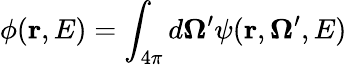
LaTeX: \phi(\mathbf{r},E)=\int_{4\pi}d\mathbf{\Omega}^{\prime}\psi(\mathbf{r},\mathbf{\Omega}^{\prime},E)